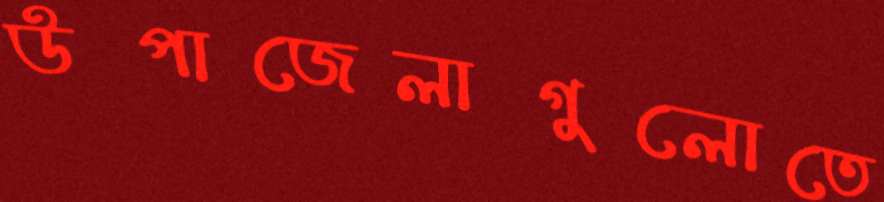
উপাজেলাগুলোতে